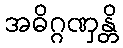
အဓိဂ္ဂဏှန္တိ